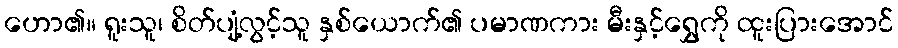
ဟော၏။ ရူးသူ၊ စိတ်ပျံ့လွင့်သူ နှစ်ယောက်၏ ပမာဏကား မီးနှင့်ရွှေကို ထူးပြားအောင်